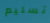
تسليم